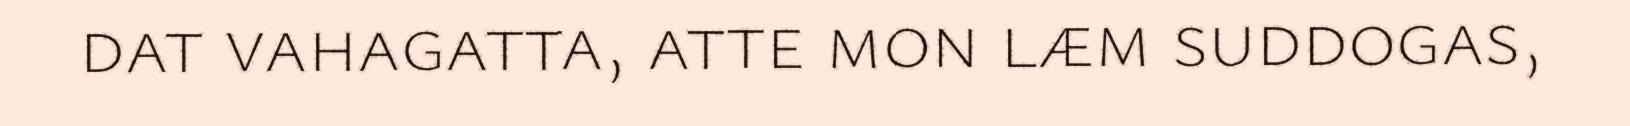
dat vahagatta, atte mon læm suddogas,